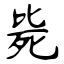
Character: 毙